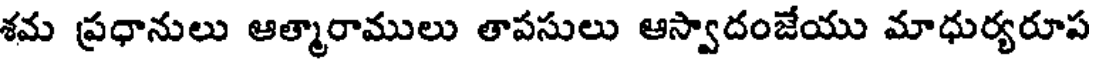
శమ ప్రధానులు ఆత్మారాములు తాపసులు ఆస్వాదంజేయు మాధుర్యరూప